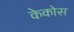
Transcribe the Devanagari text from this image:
केकोस